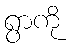
ရွာကို